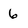
Character: 6